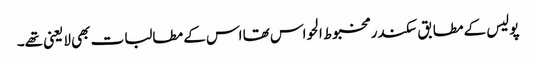
پولیس کے مطابق سکندر مخبوط الحواس تھا اس کے مطالبات بھی لایعنی تھے۔